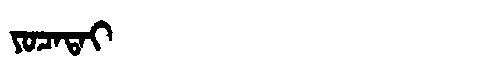
Manchu: ᠶᠣᠴᠠᡨᠠᡳ
Romanization: YOCATAI